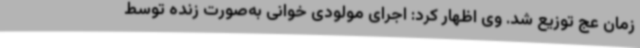
زمان عج توزیع شد. وی اظهار کرد: اجرای مولودی خوانی به‌صورت زنده توسط